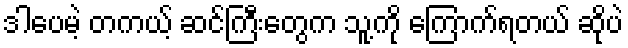
ဒါပေမဲ့ တကယ့် ဆင်ကြီးတွေက သူ့ကို ကြောက်ရတယ် ဆိုပဲ